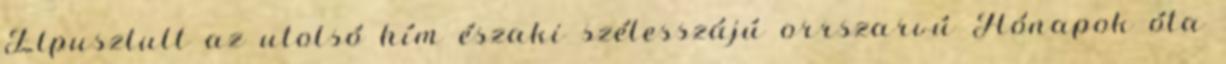
Elpusztult az utolsó hím északi szélesszájú orrszarvú Hónapok óta